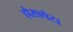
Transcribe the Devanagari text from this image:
होसापेटा